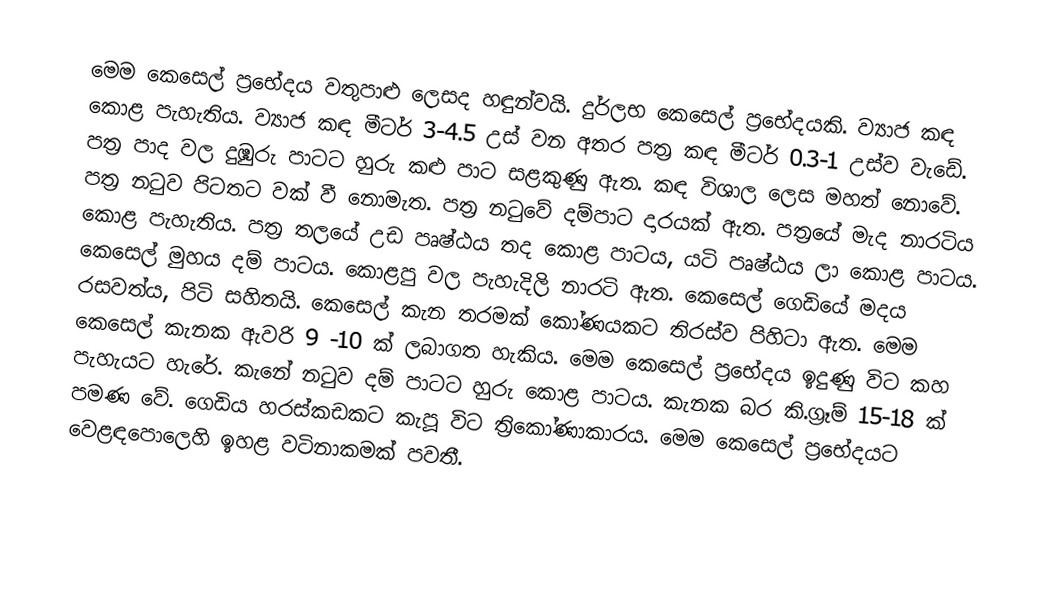
මෙම කෙසෙල් ප්‍රභේදය වතුපාළු ලෙසද හඳුන්වයි. දුර්ලභ කෙසෙල් ප්‍රභේදයකි. ව්‍යාජ කඳ කොළ පැහැතිය‍. ව්‍යාජ කඳ මීටර් 3-4.5 උස් වන අතර පත්‍ර කඳ මීටර් 0.3-1 උස්ව වැඩේ. පත්‍ර පාද වල දුඹුරු පාටට හුරු කළු පාට සළකුණු ඇත. කඳ විශාල ලෙස මහත් නොවේ. පත්‍ර නටුව පිටතට වක් වී නොමැත. පත්‍ර නටුවේ දම්පාට දාරයක් ඇත. පත්‍රයේ මැද නාරටිය කොළ පැහැතිය‍. පත්‍ර තලයේ උඩ පෘෂ්ඨය තද කොළ පාටය, යටි පෘෂ්ඨය ලා කොළ පාටය. කෙසෙල් මුහය දම් පාටය. ‌කොළපු වල පැහැදිලි නාරටි ඇත. කෙසෙල් ‌ගෙඩියේ මදය රසවත්ය, පිටි සහිතයි. කෙසෙල් කැන තරමක් කෝණයකට තිරස්ව පිහිටා ඇත. මෙම කෙසෙල් කැනක ඇවරි 9 -10 ක් ලබාගත හැකිය. මෙම කෙසෙල් ප්‍රභේදය ඉදුණු විට කහ පැහැයට හැරේ. කැනේ නටුව දම් පාටට හුරු කොළ පාටය. කැනක බර කි.ග්‍රෑම් 15-18 ක් පමණ වේ. ගෙඩිය හරස්කඩකට කැපූ විට ත්‍රිකෝණාකාරය. මෙම කෙසෙල් ප්‍රභේදයට වෙළඳපොලෙහි ඉහළ වටිනාකමක් පවතී.